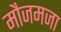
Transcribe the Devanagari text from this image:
मौजमजा